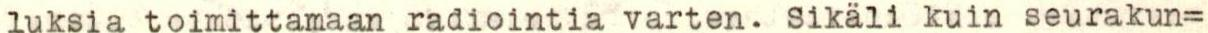
luksia toimittamaan radiointia varten. Sikäli kuin seurakun=